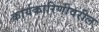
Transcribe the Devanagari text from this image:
कार्यकारिणीवरील